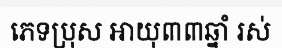
ភេទប្រុស អាយុ៣៣ឆ្នាំ រស់